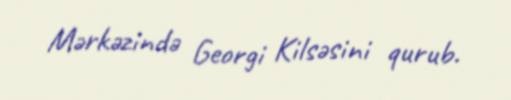
Mərkəzində Georgi Kilsəsini qurub.